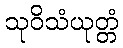
သုဝိသံယုတ္တံ